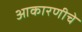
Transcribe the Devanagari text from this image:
आकारणीचे